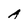
Character: A